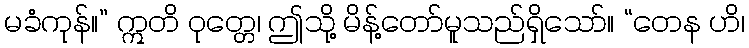
မခံကုန်။” ဣတိ ဝုတ္တေ၊ ဤသို့ မိန့်တော်မူသည်ရှိသော်။ “တေန ဟိ၊